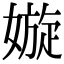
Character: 嫙